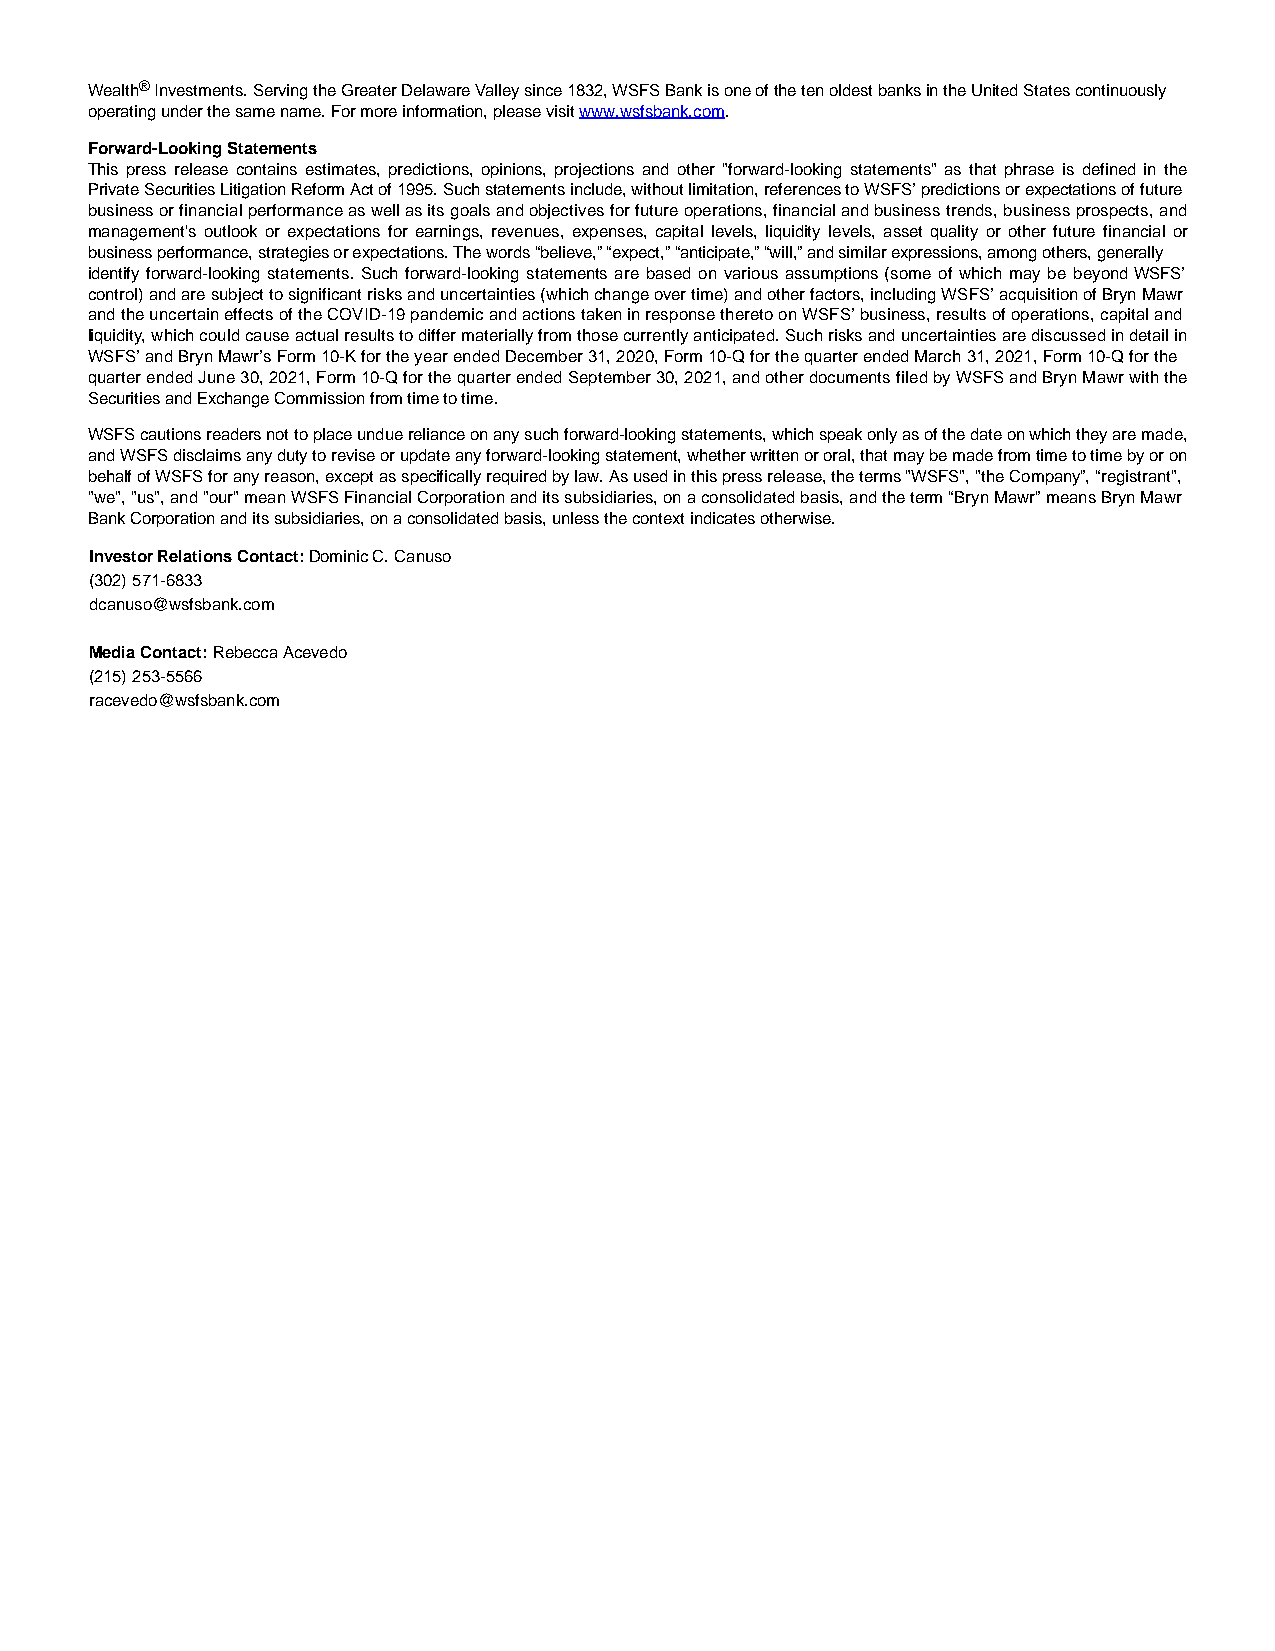
Wealth® Investments. Serving the Greater Delaware Valley since 1832, WSFS Bank is one of the ten oldest banks in the United States continuously
 operating under the same name. For more information, please visit www.wsfsbank.com.
 Forward-Looking Statements
 This press release contains estimates, predictions, opinions, projections and other "forward-looking statements" as that phrase is defined in the
 Private Securities Litigation Reform Act of 1995. Such statements include, without limitation, references to WSFS’ predictions or expectations of future
 business or financial performance as well as its goals and objectives for future operations, financial and business trends, business prospects, and
 management's outlook or expectations for earnings, revenues, expenses, capital levels, liquidity levels, asset quality or other future financial or
 business performance, strategies or expectations. The words “believe,” “expect,” “anticipate,” “will,” and similar expressions, among others, generally
 identify forward-looking statements. Such forward-looking statements are based on various assumptions (some of which may be beyond WSFS’
 control) and are subject to significant risks and uncertainties (which change over time) and other factors, including WSFS’ acquisition of Bryn Mawr
 and the uncertain effects of the COVID-19 pandemic and actions taken in response thereto on WSFS’ business, results of operations, capital and
 liquidity, which could cause actual results to differ materially from those currently anticipated. Such risks and uncertainties are discussed in detail in
 WSFS’ and Bryn Mawr’s Form 10-K for the year ended December 31, 2020, Form 10-Q for the quarter ended March 31, 2021, Form 10-Q for the
 quarter ended June 30, 2021, Form 10-Q for the quarter ended September 30, 2021, and other documents filed by WSFS and Bryn Mawr with the
 Securities and Exchange Commission from time to time.
 WSFS cautions readers not to place undue reliance on any such forward-looking statements, which speak only as of the date on which they are made,
 and WSFS disclaims any duty to revise or update any forward-looking statement, whether written or oral, that may be made from time to time by or on
 behalf of WSFS for any reason, except as specifically required by law. As used in this press release, the terms "WSFS", "the Company”, “registrant",
 "we", "us", and "our" mean WSFS Financial Corporation and its subsidiaries, on a consolidated basis, and the term “Bryn Mawr” means Bryn Mawr
 Bank Corporation and its subsidiaries, on a consolidated basis, unless the context indicates otherwise.
 Investor Relations Contact: Dominic C. Canuso
 (302) 571-6833
 dcanuso@wsfsbank.com
 Media Contact: Rebecca Acevedo
 (215) 253-5566
 racevedo@wsfsbank.com